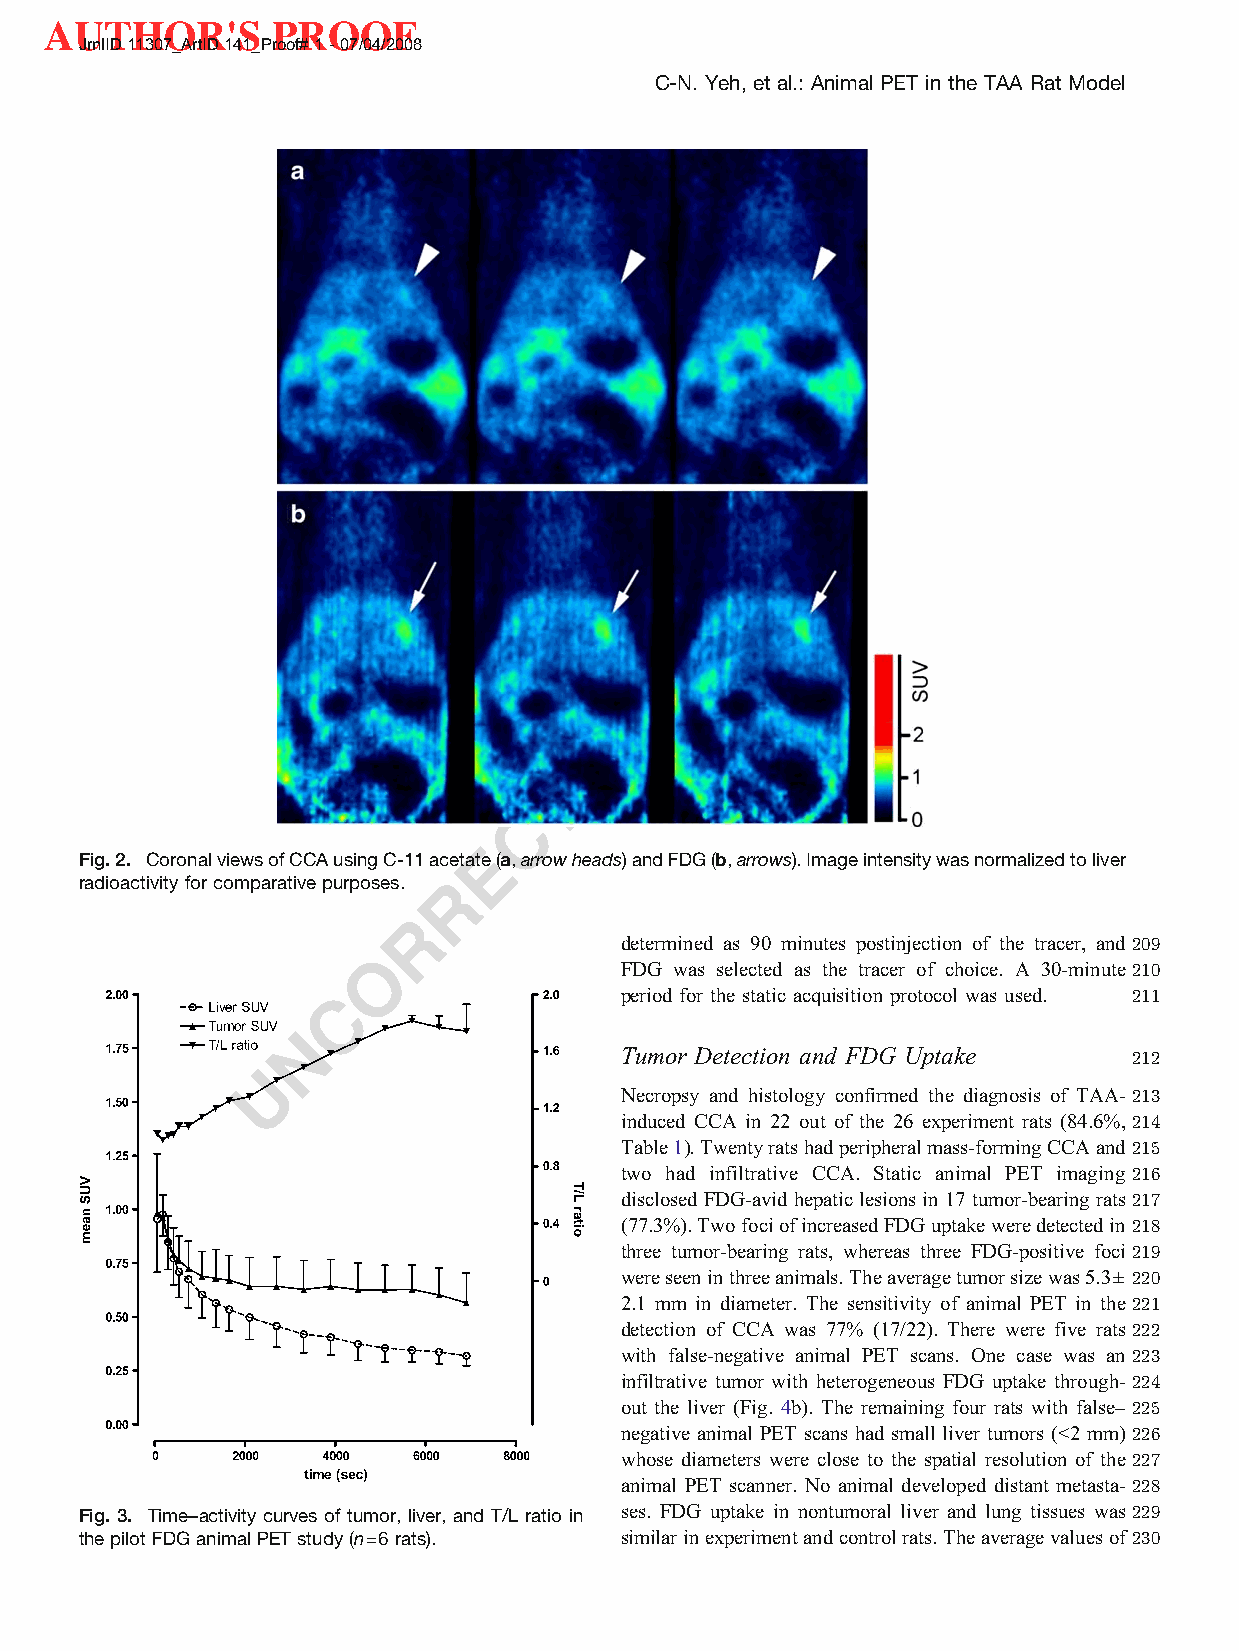
AUTHOR'S       PROOF
 JrnlID11307_ArtID141_Proof#1-07/04/2008
 C-N. Yeh, et al.: Animal PET in the TAA Rat Model
 F
 O
 O
 R
 P
 D
 E
 T
 C
 E
 Fig.2. CoronalviewsofCCAusingC-11acetate(a,arrowheads)andFDG(b,arrows).Imageintensitywasnormalizedtoliver
 R
 radioactivity forcomparative purposes.
 R
 O                determined as 90 minutes postinjection of the tracer, and209
 FDG was selected as the tracer of choice. A 30-minute 210
 C
 period for the static acquisition protocol was used. 211
 N
 U                        Tumor Detection and FDG Uptake    212
 Necropsy and histology confirmed the diagnosis of TAA- 213
 induced CCA in 22 out of the 26 experiment rats (84.6%,214
 Table1).Twentyratshadperipheralmass-formingCCAand215
 two had infiltrative CCA. Static animal PET imaging 216
 disclosed FDG-avid hepatic lesions in 17 tumor-bearing rats217
 (77.3%).TwofociofincreasedFDGuptakeweredetectedin218
 three tumor-bearing rats, whereas three FDG-positive foci 219
 wereseeninthreeanimals.Theaveragetumorsizewas5.3± 220
 2.1 mm in diameter. The sensitivity of animal PET in the 221
 detection of CCA was 77% (17/22). There were five rats222
 with false-negative animal PET scans. One case was an223
 infiltrative tumor with heterogeneous FDG uptake through- 224
 out the liver (Fig. 4b). The remaining four rats with false–225
 negative animal PET scans had small liver tumors (G2 mm)226
 whose diameters were close to the spatial resolution of the 227
 animal PET scanner. No animal developed distant metasta- 228
 Fig. 3. Time–activity curves of tumor, liver, and T/L ratio in ses. FDG uptake in nontumoral liver and lung tissues was229
 thepilot FDGanimal PETstudy(n=6rats). similarinexperimentandcontrolrats.Theaveragevaluesof230